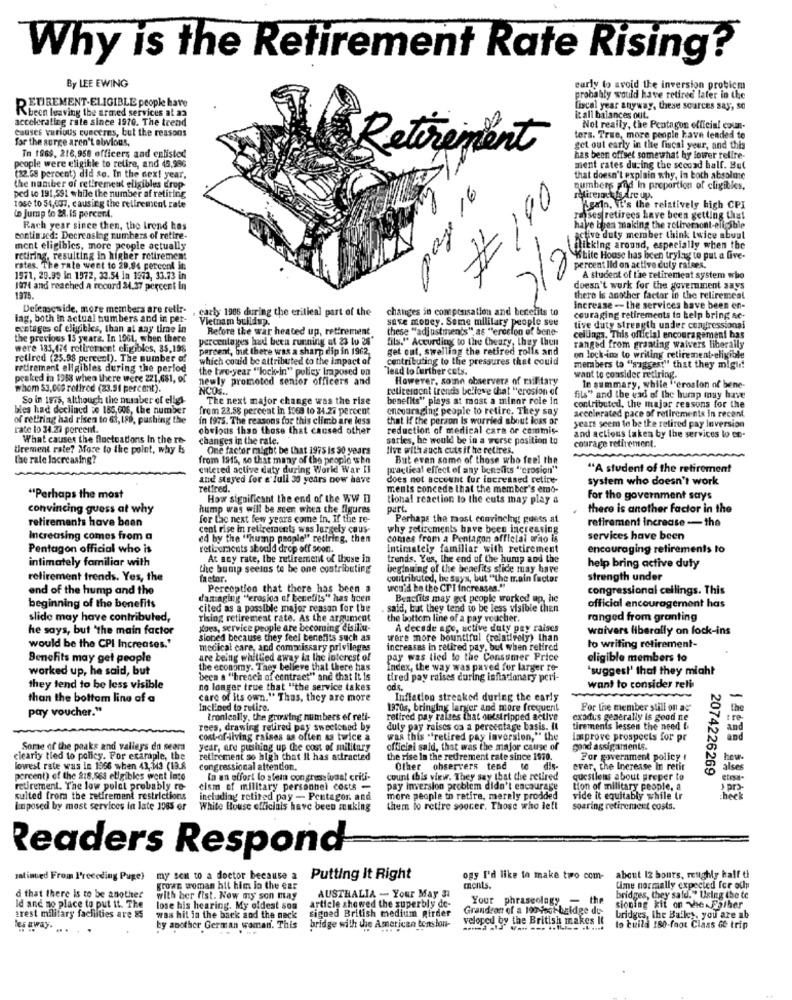
Why is the Retirement Rate Rising?
By LEE EWING
early to avoid the inversion probicm
probably would have retired later in the
DETIREMENT-ELIGIBLE people have
fiscal year anyway, these sources say, so
Kbeen leaving the armed services at as
accelerating rate since 1970. The trend
it all balances out.
causes various conceres, but the reasons
Not really, the Pentagon official coun-
for the surge aren't obvious,
ters. True, more people kave tended to
Retirement
get out early in the fiscal year, and this
people were eligible to retire, and 45,996
In 1969, 218,958 officers and enlisted
has been offset somewhat hy lower relire-
ment rates during the second half. But
(22.58 percent) did so. In the next year,
that doesn't explain why, in both absolute
the number of retirement eligibles drop
numbers and In proportion of cligibles,
ped to 191,591 while the number af retiring
# 190
direct fs Are up.
tose to 54,037, causing the retirement rate
Again. It's the relatively high CPI
to Jump to 28. 15 percenA.
Tasses retirees have been getting that
Rach year since then, the Irene has
have been making the reliremont-eligible
enntinscd: Decreasing numbers of retire-
active duty member think twice about
ment eligibles, more people actually
flicking around, especially when the
retiring, resulting in higher retirement
"White House has been trying to put a five-
rates. The rate went to 29.84 percent in
7/2
percent lid on active duly raises.
1571, 29.99 in 1972, 23.54 in 1973, 33.73 in
A student of the retirement system who
1974 and reached a record 24.37 percent in
doesn't work for the government says
1975.
there Is another factor in the reliremcal
Deleneside, more members are retlr-
. carly 1906 during the critical part of the
changes in compensation and benefits to
Increase -- the services have been en-
iag, both in actual numbers and in per-
Vietnam buildup.
save money. Some military people see
couraging retirements to help bring ac-
eentages of eligibles, than at any time in
Refore the war heated up, retirement
these "adjustments", as "ercelon of bone-
tive duty strength under congressional
the previous 13 years. In 1961, when there
percentages had been running at 23 lu 26"
fils."" According to the Cheary, they then
cellings. This official encouragement has
were 185,474 retirement eligibles, 35,198
percent, but there was a sharp dip in 1962.
get out, swelling the retired rolls and
ranged from granting waivers liberally
retired (25.98 percent). The number of
which could be attributed to the Impact of
contributing to the pressures that could
on lock-in to writing retirement-eligible
retirement eligibles during the perlod
the two-year ""lock-in" policy Imposed on
Tead lo further cots.
members to "suggest" that they migli!
peaked in 1968 when there were 221,681, of
newly promoted senior officers and
However, some observers of railitary
want to consider retiring.
whom 53,000 retired (23.91 percent).
NCOS ..
retirerdont trends believe that "erosion of
In summary, while ""erosion of bene-
So in 1975, although the nuraber of eligi-
The next major change was the rise
benefits" plays at most a minor role in
fils" and the end of the hump may have
bles had declined ze 185,006, the number
from 23.58 percent in 1369 to 24.27 percent
encouraging people to retire, They say
contributed, the major reasons for the
accelerated pace of retirements in recent.
of retiring had risen to 63, 189, pushing the
in 1975. The reasons for this climb are less
that If the person Is worried about loss or
rate lo 34.23 percent.
obvious than those that caused other
reduction of medical care or commis-
years seem to be the retired pay Inversion
What causes the fluctuations In the ro-
changes in the rate.
sarles, he would be in a worse position to
and actions taken by the services lo en.
courage retirement.
Urement rate? More to the point, why Is
One factor might be that 1975 is 90 years
live with auch cuts if he retires.
the rate Increasing?
from 1915, so that many of the people who
But evan some of those who feel the
MAARARARAMA
entered active duty during World War II
practical effect of any benefits "erosion"
"A student of the retirement
and stayed for a full 30 years now have
does not account for increased retire-
system who doesn't work
retired.
ments concede that the member's emo-
"Perhaps the most
How significant the end of the WW II
tional reaction to the cuts may play a
For the government says
convincing guess at why
hump was will be seen when the figures
part.
there is another factor in the
retirements have been
for the next few years come in. If the re-
Perhaps the most convincing guess at
retirement increase -the
cent rise in retirement; was largely caus-
why retirements have been increasing
Increasing comes from a
ed by the "hump people" retiring, then
comes from a Pentagon official wino is
services have been
Pentagon official who is
retirements should drop off soon.
intimately familiar with retirement
encouraging retirements to
intimately familiar with
At any rate, the retirement of thuse in
trends. Yes, the end of the hump and the
help bring active duty
the bump seeins to be one contributing
beginning of the benefits slide may have
retirement trends. Yes, the
factor.
contributed, he says, but "the train factor
strength under
end of the hump and the
Perception that there has been a
would be the CT I increases."
congressional ceilings. This
damaging "erosion of benefits" has been
Benefits may get people worked ap, he
beginning of the benefits
cited as a possible major reason for the
. said, but they tend to be less visible then
official encouragement has
slide may have contributed,
rising retirement rate. As the argument
the bottom line of a pay voucher.
ranged from granting
he says, but "the main factor
goes, service people are becoming disiliu-
A decade ago, active duty pay raises
waivers liberally on fock-ins
sioned because they feel benefits such as
were more bountiful (relatively) than
would be the CPI Increases.'
medical care, and commissary privileges
increases in retired pay, but when retired
to writing retirement-
Benefits may get people
are being whitlied away la the interest of
pay was tied to the Consumer Price
eligible members to
worked up, he said, but
the economy. They believe that there has
Index, the way was paved for larger re-
"suggest' that they might
been s "breach of contract" and that It is
tired pay raises during inflationary peri-
they tend to be less visible
no longer true that "the service takes
want to consider relb
than the bottom line of a
care of its own." Thus, they are more
Inflation streaked during the early
-
pay voucher."
Inclined to retire.
1970s, bringing larter and more frequent
For the member still on as
the
ironically, the growing numbers of reti-
retired pay raises that outstripped active
exodus generally is good ne
tre
rees, drawing retired pay sweetened by
duly pay raises oa a percentage basis. It
tirements lessen the need &
and
cont-of-living raises as often as twice a
was this "retired pay inversion," the
improve prospects for pr
and
Some of the peaks and valleys do seerd
year, are pushing up the cost of military
official said, that was the major cause of
gond assignments.
cleariy tied to policy. For exaraple, the
retirement so high that it has attracted
the rise In the redrement cate since 1970.
For government policy #
how-
lowest rate was in 1956 when 43,343 (19.8
congressional attention.
Other observers tend
dis-
ever, the Increase In retir
alses
2074226269
percent) of the 818.563 eligibles went into
In an effort lo ster con gressivaat criti-
count ibis view. They say that the retired
questlens about preper to
retirement. The low polat probably re-
cism of military personnel costs -
pay inversion problem didn't encourage
tion of military people, a
) pro
sulted from the retirement restrictions
including retired pay - Pentagor. and
more people to retire, merely prodded
vide it equitably while tr
heck
Enposed by most services in late 1083 or
White House officials have been making
them to retire sooner. Those who left
soaring retirement costs.
Readers Respond
matinved From I'receding Puge)
my sen to a doctor because a
Putting It Right
ogy I'd like to make two com-
about 12 hours, rettghly half ti
grown woman hit him lo the ear
ments.
time normally expected for och
d that there Is to be another
Id and no place to put it. The
with her fist. Now my son may
AUSTHALIA - Your May 31
Your phraseolagy - the
bridges, they said." Using the te
arest military facilities are &
lose his hearing. My oldest son
article showed the superbly de-
Grandson of a 190 foot bridge de-
sioning kit on theFather
was hit in the back sod the neck
signed British medium Rirder
veloped by the British makes It
bridges, the Bailey, you are ab
les away. .. .
by another German woman. This
bridge with the Amore
the American tonslon-
to build 180-foot Class Ge trip